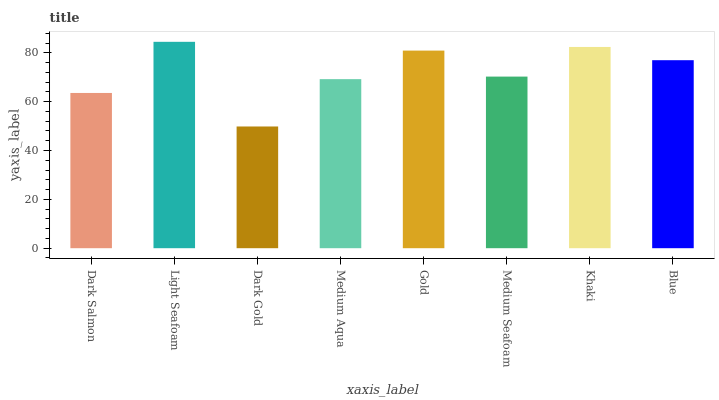
| xaxis_label | bars |
 | --- | --- |
 | Dark Salmon | 63.6 |
 | Light Seafoam | 84.5 |
 | Dark Gold | 49.9 |
 | Medium Aqua | 69.2 |
 | Gold | 80.9 |
 | Medium Seafoam | 70.3 |
 | Khaki | 82.4 |
 | Blue | 77 |